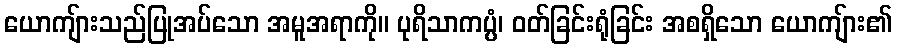
ယောကျ်ားသည်ပြုအပ်သော အမူအရာကို။ ပုရိသာကပ္ပံ၊ ဝတ်ခြင်းရုံခြင်း အစရှိသော ယောကျ်ား၏